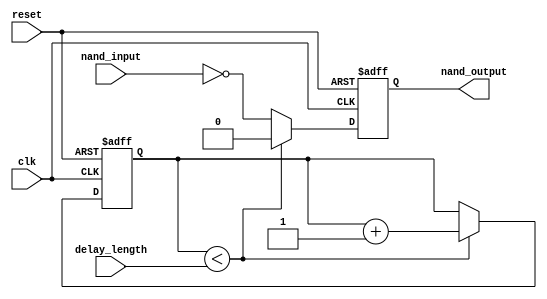
module timing_control_and_synchronization (
    input wire clk,
    input wire reset,
    input wire delay_length,
    input wire nand_input,
    output reg nand_output
);

reg [31:0] counter;

always @ (posedge clk or posedge reset) begin
    if (reset) begin
        counter <= 0;
        nand_output <= 0;
    end else if (counter < delay_length) begin
        counter <= counter + 1;
        nand_output <= 0;
    end else begin
        nand_output <= ~(nand_input & 1);
    end
end

endmodule